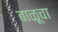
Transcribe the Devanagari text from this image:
बाळूचा